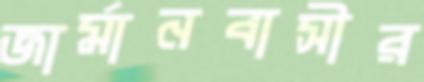
জার্মানবাসীর